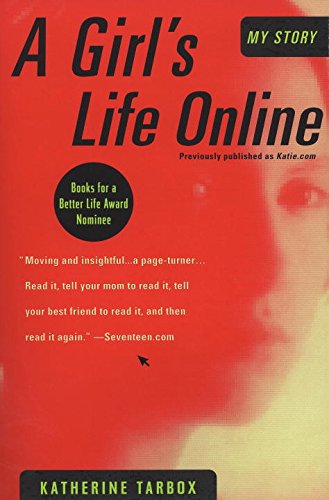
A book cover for A Girl's Life Online; Katherine Tarbox; Computers & Technology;